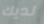
لديك